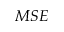
M S E